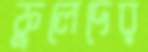
ফুলেদের